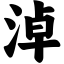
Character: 淖